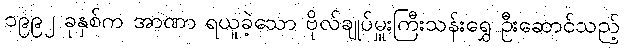
၁၉၉၂ ခုနှစ်က အာဏာ ရယူခဲ့သော ဗိုလ်ချုပ်မှူးကြီးသန်းရွှေ ဦးဆောင်သည့်